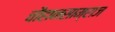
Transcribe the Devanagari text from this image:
चौहानसाम्राज